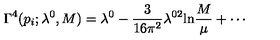
\Gamma ^ { 4 } ( p _ { i } ; \lambda ^ { 0 } , M ) = \lambda ^ { 0 } - \frac { 3 } { 1 6 \pi ^ { 2 } } \lambda ^ { 0 2 } \mathrm { l n } \frac { M } { \mu } + \cdots